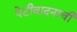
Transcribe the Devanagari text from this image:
पेटीवादनाची